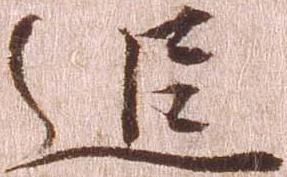
追